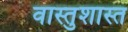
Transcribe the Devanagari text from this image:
वास्तुशास्त